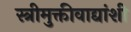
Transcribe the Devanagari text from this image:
स्त्रीमुक्तीवाद्यांशी